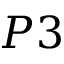
P 3